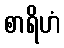
စာရိဟံ